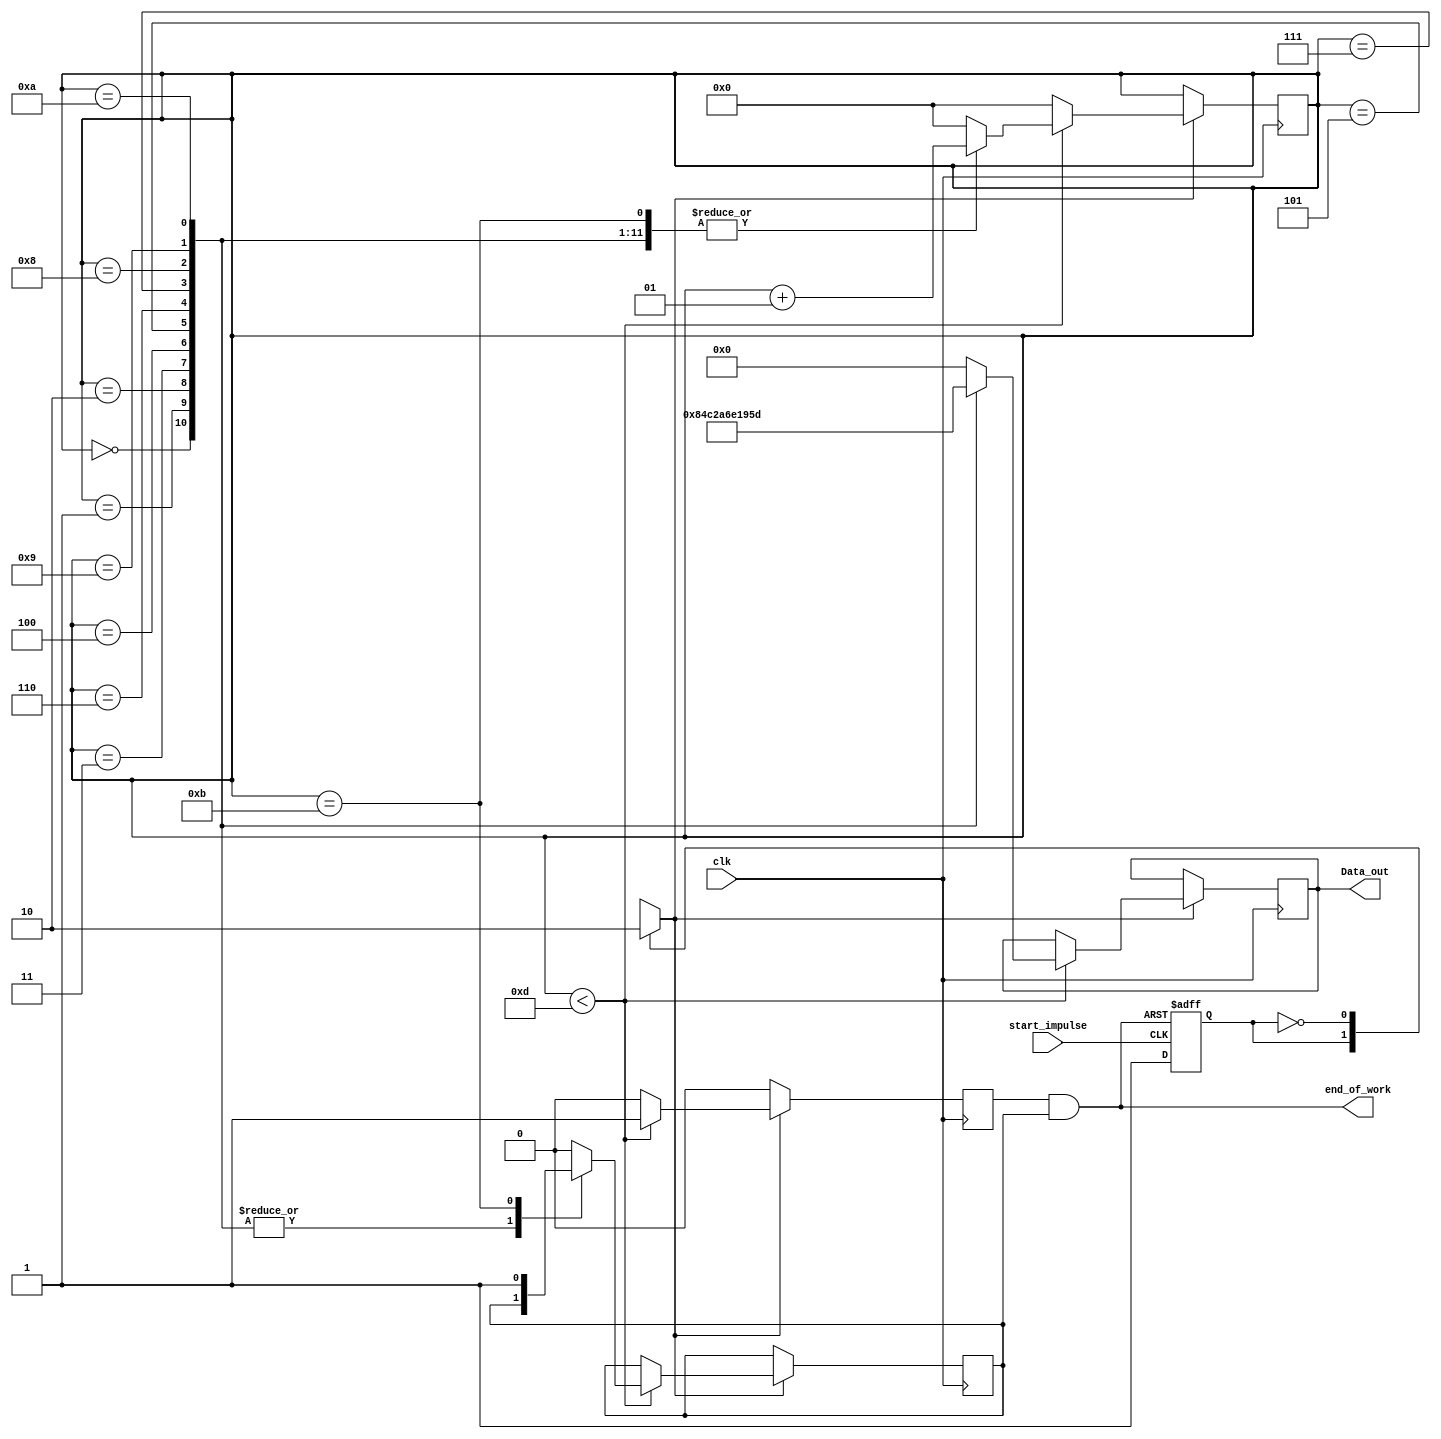
module Data_Source(start_impulse, clk, 
                 Data_out, end_of_work);

//Start impulse should be given to this node
input start_impulse;

//Input clock should be given to this node
input clk;

output reg [0:3] Data_out = 4'b0000;

//Service node that forming order to device for waiting next start impulse 
//and tell you about process of message transmission is already finished
output wire end_of_work;

//Service registers
reg start_work = 1'b0;
reg device_in_work = 1'b0;
reg reset_device = 1'b0;

//"i" is counter that shown how many clocks will be wasted for doing main actions of this module  
integer i = 0;		


always @ (posedge start_impulse or posedge end_of_work)
begin

		if (end_of_work)
		begin
		start_work = 1'b0;
		end
		else
		begin
		start_work = 1'b1;
		end

end


always @ (posedge clk)
begin
	case (start_work)
	1:
	begin
	device_in_work = 1'b1;
	end
	
	0:
	begin
	device_in_work = 1'b0;		
	end
	
	default:
	begin
	device_in_work = 1'b0;
	end
	endcase
	
	
	if (device_in_work==1'b1)
			begin
					if (i<13)			
					//********************************************************************
					//-------------put here main actions--------------------------------**
					//******************************************************************** 
					
					//              In this section forming information message for coding
					//				with Reed-Solomon algoritm. In real project you should  
					//				remove this verilog module and connect this place to decoder module
					//				4xbits data bus, but for example let think that this module
					//				is a data bus. In accordance with GF table 2^4 let wrote
					//				every group of bits as a:
					//------------------------------------------------------------------------
					//									X^0	| X^1 | X^2 | X^3
					//------------------------------------------------------------------------

					begin
								case(i)
								0:
								begin
								Data_out = 					4'b1000;		//X^0 in GF(16)
								i = i + 1;
								end
								1:
								begin
								Data_out =					4'b0100;		//X^1 in GF(16)
								i = i + 1;
								end
								2:
								begin
								Data_out = 					4'b1100;		//X^4 in GF(16)
								i = i + 1;
								end
								3:
								begin
								Data_out =					4'b0010;		//X^2 in GF(16)
								i = i + 1;
								end
								4:
								begin
								Data_out = 					4'b1010;		//X^8 in GF(16)
								i = i + 1;
								end
								5:
								begin
								Data_out = 					4'b0110;		//X^5 in GF(16)
								i = i + 1;
								end
								6:
								begin
								Data_out = 					4'b1110;		//X^10 in GF(16)
								i = i + 1;
								end
								7:
								begin
								Data_out = 					4'b0001;		//X^3 in GF(16)
								i = i + 1;
								end
								8:
								begin
								Data_out = 					4'b1001;		//X^14 in GF(16)
								i = i + 1;
								end
								9:
								begin
								Data_out = 					4'b0101;		//X^9 in GF(16)
								i = i + 1;
								end
								10:
								begin
								Data_out = 					4'b1101;		//X^7 in GF(16)
								i = i + 1;
								end
								11:
								begin
								Data_out = 					4'b0000;
								reset_device = 1'b1;
								i = i + 1;
								end
								default://------------put here what will doing this device by default
								begin
								Data_out = 					4'b0000;
								i = 0;
								reset_device = 1'b0;
								end
								endcase
					end
					else
					
					begin
					i = 0; 
					device_in_work = 1'b0;
					end
			end
end	

assign end_of_work = device_in_work && reset_device;
endmodule